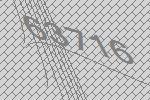
63716